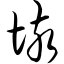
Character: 垓